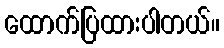
ထောက်ပြထားပါတယ်။